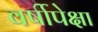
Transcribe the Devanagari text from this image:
वर्षीपेक्षा